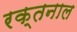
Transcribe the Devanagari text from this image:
रक्तनाल